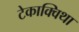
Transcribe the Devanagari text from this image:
टेकाक्विथा